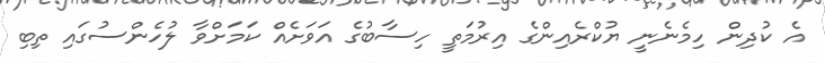
އެ ކުދިން ހިމެނެނީ ޔުކްރެއިންގެ އިރުމަތީ ހިސާބުގެ އަވަށެއް ކަމަށްވާ ލުހެންސުގައި ތިބި